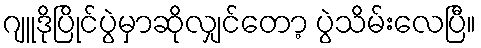
ဂျူဒိုပြိုင်ပွဲမှာဆိုလျှင်တော့ ပွဲသိမ်းလေပြီ။